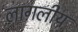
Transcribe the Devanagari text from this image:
लागलीय